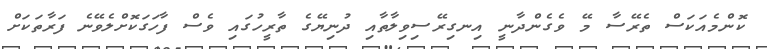
ކޮންމެއަކަސް ތެރޭސާ މޭ ވެގެންދާނީ އިނގިރޭސިވިލާތާއި ދުނިޔޭގެ ތާރީހުގައި ވެސް ފާހަގަކޮށްލެވޭނެ ފަރާތަކަށް